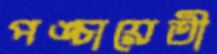
পঙ্চায়েতী